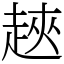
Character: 𧻵